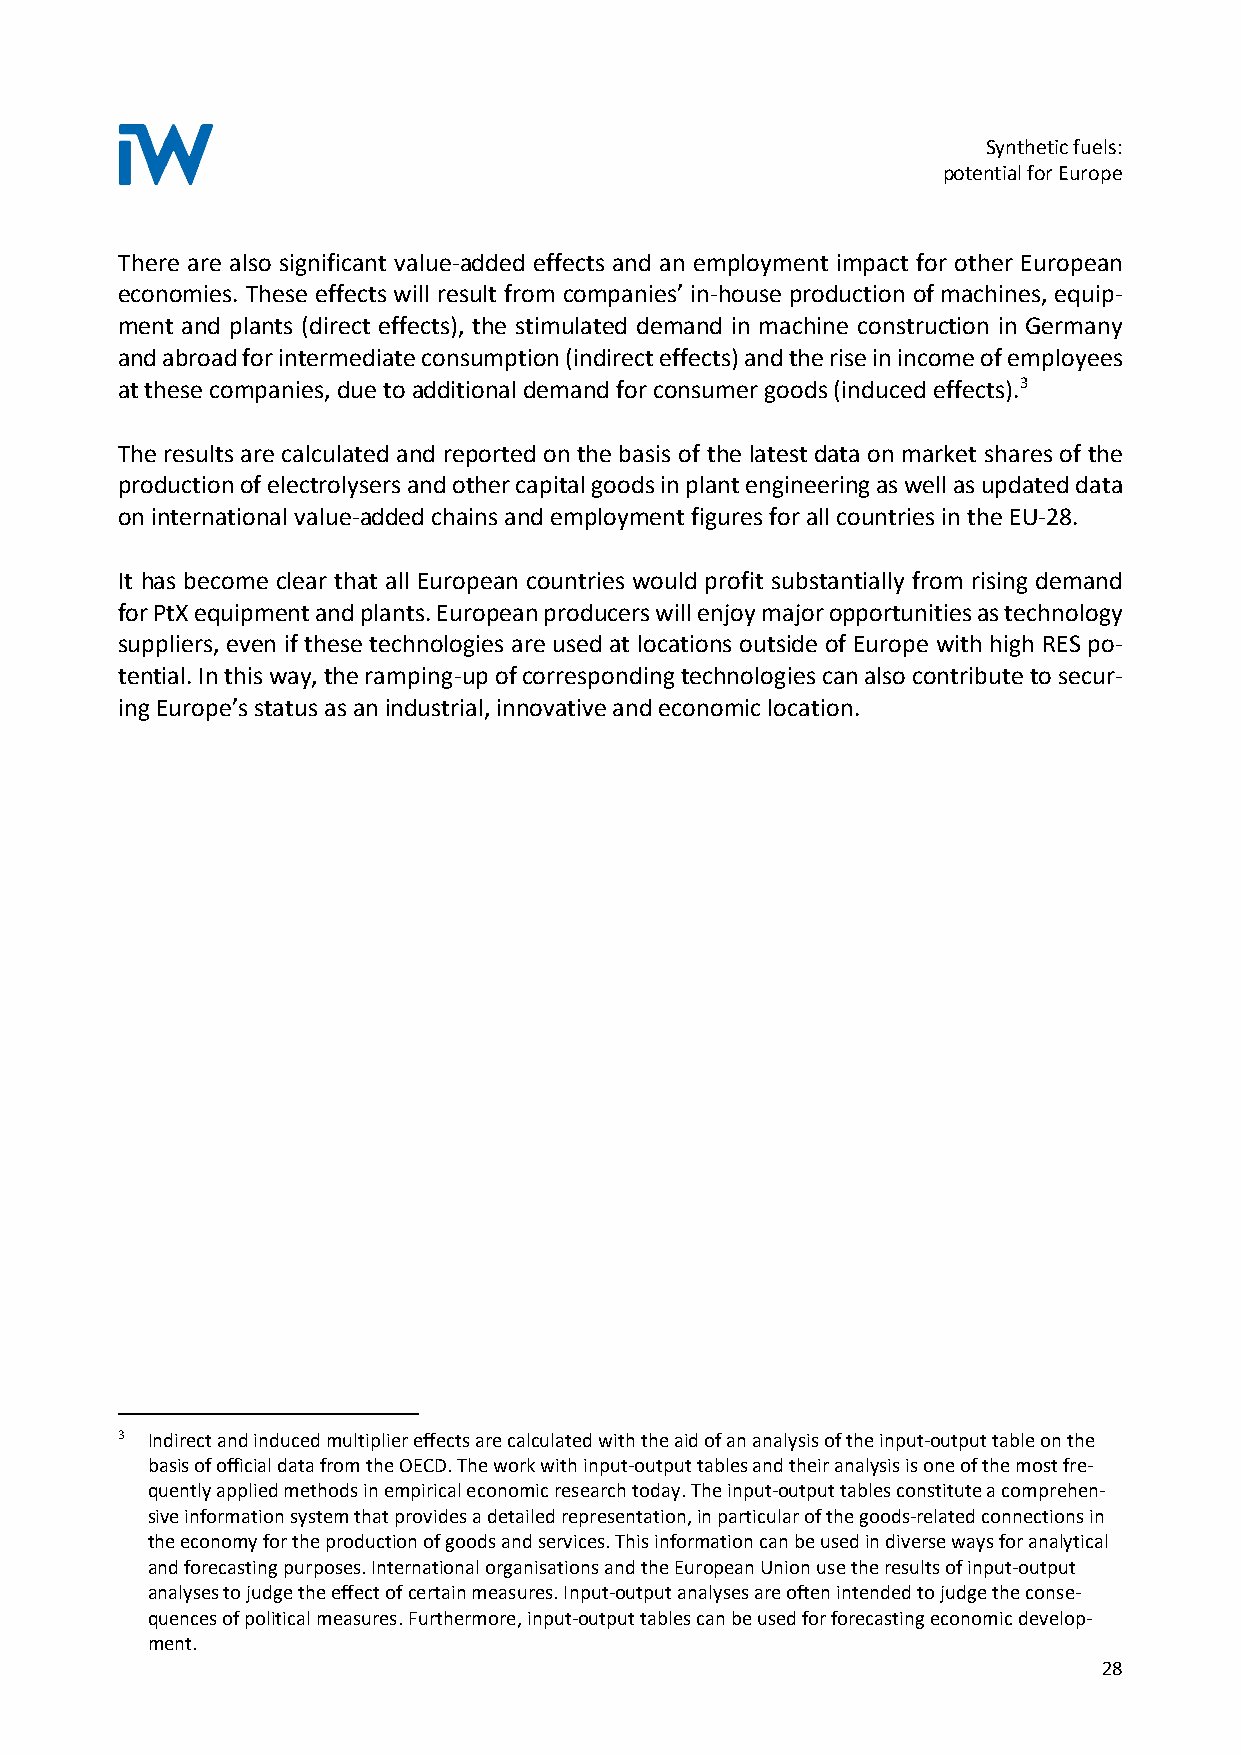
Synthetic fuels:
 potential for Europe
 There are also significant value-added effects and an employment impact for other European
 economies. These effects will result from companies’ in-house production of machines, equip-
 ment and plants (direct effects), the stimulated demand in machine construction in Germany
 and abroad for intermediate consumption (indirect effects) and the rise in income of employees
 at these companies, due to additional demand for consumer goods (induced effects).3
 The results are calculated and reported on the basis of the latest data on market shares of the
 production of electrolysers and other capital goods in plant engineering as well as updated data
 on international value-added chains and employment figures for all countries in the EU-28.
 It has become clear that all European countries would profit substantially from rising demand
 for PtX equipment and plants. European producers will enjoy major opportunities as technology
 suppliers, even if these technologies are used at locations outside of Europe with high RES po-
 tential. In this way, the ramping-up of corresponding technologies can also contribute to secur-
 ing Europe’s status as an industrial, innovative and economic location.
 3 Indirect and induced multiplier effects are calculated with the aid of an analysis of the input-output table on the
 basis of official data from the OECD. The work with input-output tables and their analysis is one of the most fre-
 quently applied methods in empirical economic research today. The input-output tables constitute a comprehen-
 sive information system that provides a detailed representation, in particular of the goods-related connections in
 the economy for the production of goods and services. This information can be used in diverse ways for analytical
 and forecasting purposes. International organisations and the European Union use the results of input-output
 analyses to judge the effect of certain measures. Input-output analyses are often intended to judge the conse-
 quences of political measures. Furthermore, input-output tables can be used for forecasting economic develop-
 ment.
 28